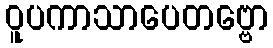
ဝူပကာသာပေတဗ္ဗော